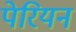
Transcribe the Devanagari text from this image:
पेरियन